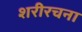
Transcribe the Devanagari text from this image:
शरीरचना